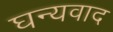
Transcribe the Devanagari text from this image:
घन्यवाद